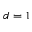
d = 1